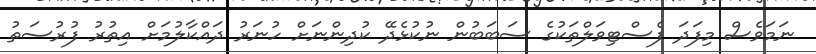
ނަމަވެސް މިފަދަ ފެސްޓިވަލްތަކުގެ ސަބަބުން ނުކުޅެދޭ ކުދިންނަށް ހުނަރު ދައްކާލުމަށް އިތުރު ފުރުސަތު